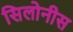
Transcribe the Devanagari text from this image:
सिलोनीस